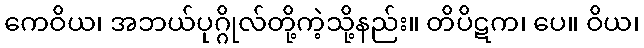
ကေဝိယ၊ အဘယ်ပုဂ္ဂိုလ်တို့ကဲ့သို့နည်း။ တိပိဋက၊ ပေ။ ဝိယ၊